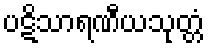
ပဋိသာရဏီယသုတ္တံ